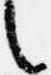
言